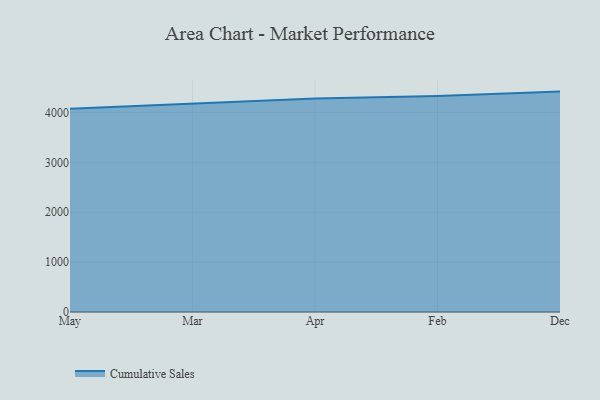
{"axis": {"x": "Month", "y": "Website Visitors"}, "legend": ["Cumulative Sales"], "data": [{"x": "May", "y": 4074.5, "type": "Cumulative Sales"}, {"x": "Mar", "y": 4173.5, "type": "Cumulative Sales"}, {"x": "Apr", "y": 4279.5, "type": "Cumulative Sales"}, {"x": "Feb", "y": 4331.5, "type": "Cumulative Sales"}, {"x": "Dec", "y": 4417.3, "type": "Cumulative Sales"}]}